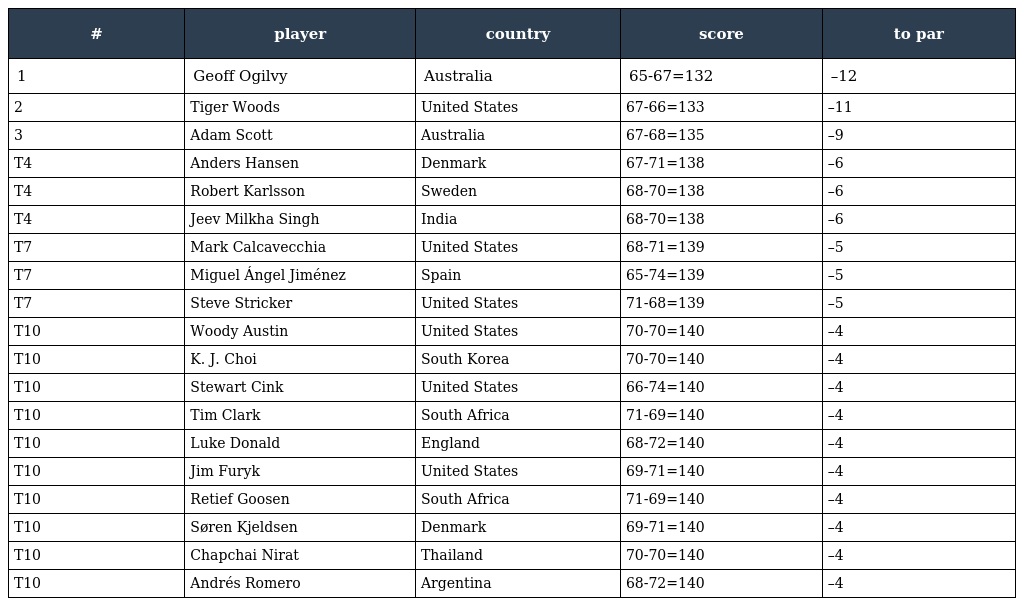
| # | player | country | score | to par |
 | --- | --- | --- | --- | --- |
 | 1 | Geoff Ogilvy | Australia | 65-67=132 | –12 |
 | 2 | Tiger Woods | United States | 67-66=133 | –11 |
 | 3 | Adam Scott | Australia | 67-68=135 | –9 |
 | T4 | Anders Hansen | Denmark | 67-71=138 | –6 |
 | T4 | Robert Karlsson | Sweden | 68-70=138 | –6 |
 | T4 | Jeev Milkha Singh | India | 68-70=138 | –6 |
 | T7 | Mark Calcavecchia | United States | 68-71=139 | –5 |
 | T7 | Miguel Ángel Jiménez | Spain | 65-74=139 | –5 |
 | T7 | Steve Stricker | United States | 71-68=139 | –5 |
 | T10 | Woody Austin | United States | 70-70=140 | –4 |
 | T10 | K. J. Choi | South Korea | 70-70=140 | –4 |
 | T10 | Stewart Cink | United States | 66-74=140 | –4 |
 | T10 | Tim Clark | South Africa | 71-69=140 | –4 |
 | T10 | Luke Donald | England | 68-72=140 | –4 |
 | T10 | Jim Furyk | United States | 69-71=140 | –4 |
 | T10 | Retief Goosen | South Africa | 71-69=140 | –4 |
 | T10 | Søren Kjeldsen | Denmark | 69-71=140 | –4 |
 | T10 | Chapchai Nirat | Thailand | 70-70=140 | –4 |
 | T10 | Andrés Romero | Argentina | 68-72=140 | –4 |